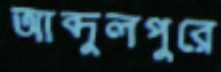
আব্দুলপুরে